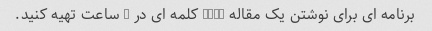
برنامه ای برای نوشتن یک مقاله 1500 کلمه ای در 3 ساعت تهیه کنید.